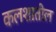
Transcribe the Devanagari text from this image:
कलशातील